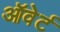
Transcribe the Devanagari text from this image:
ऑवेर्ट